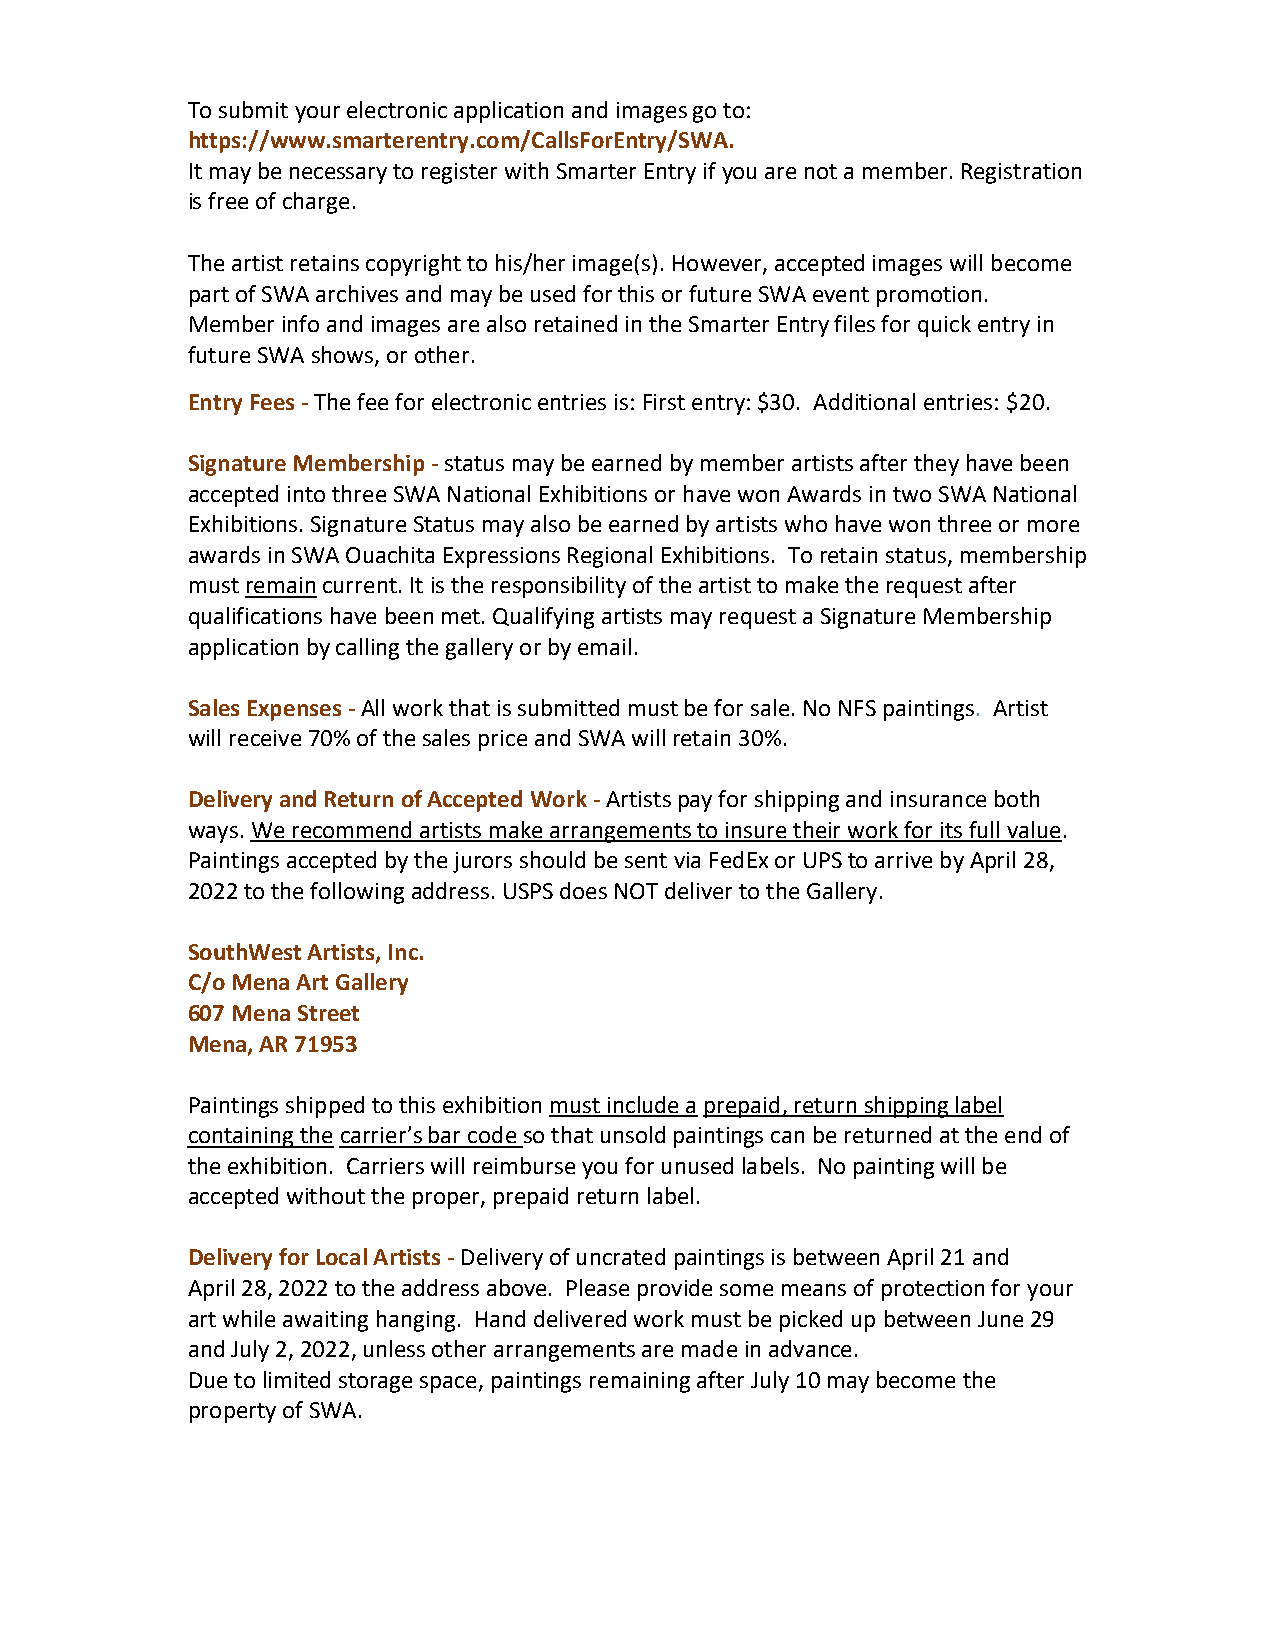
To submit your electronic application and images go to:
 https://www.smarterentry.com/CallsForEntry/SWA.
 It may be necessary to register with Smarter Entry if you are not a member. Registration
 is free of charge.
 The artist retains copyright to his/her image(s). However, accepted images will become
 part of SWA archives and may be used for this or future SWA event promotion.
 Member info and images are also retained in the Smarter Entry files for quick entry in
 future SWA shows, or other.
 Entry Fees - The fee for electronic entries is: First entry: $30. Additional entries: $20.
 Signature Membership - status may be earned by member artists after they have been
 accepted into three SWA National Exhibitions or have won Awards in two SWA National
 Exhibitions. Signature Status may also be earned by artists who have won three or more
 awards in SWA Ouachita Expressions Regional Exhibitions. To retain status, membership
 must remain current. It is the responsibility of the artist to make the request after
 qualifications have been met. Qualifying artists may request a Signature Membership
 application by calling the gallery or by email.
 Sales Expenses - All work that is submitted must be for sale. No NFS paintings. Artist
 will receive 70% of the sales price and SWA will retain 30%.
 Delivery and Return of Accepted Work - Artists pay for shipping and insurance both
 ways. We recommend artists make arrangements to insure their work for its full value.
 Paintings accepted by the jurors should be sent via FedEx or UPS to arrive by April 28,
 2022 to the following address. USPS does NOT deliver to the Gallery.
 SouthWest Artists, Inc.
 C/o Mena Art Gallery
 607 Mena Street
 Mena, AR 71953
 Paintings shipped to this exhibition must include a prepaid, return shipping label
 containing the carrier’s bar code so that unsold paintings can be returned at the end of
 the exhibition. Carriers will reimburse you for unused labels. No painting will be
 accepted without the proper, prepaid return label.
 Delivery for Local Artists - Delivery of uncrated paintings is between April 21 and
 April 28, 2022 to the address above. Please provide some means of protection for your
 art while awaiting hanging. Hand delivered work must be picked up between June 29
 and July 2, 2022, unless other arrangements are made in advance.
 Due to limited storage space, paintings remaining after July 10 may become the
 property of SWA.